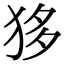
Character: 𤝻